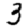
Digit: 3